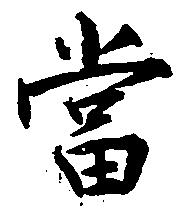
当